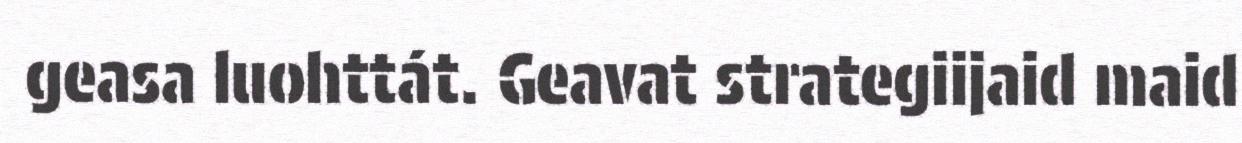
geasa luohttát. Geavat strategiijaid maid